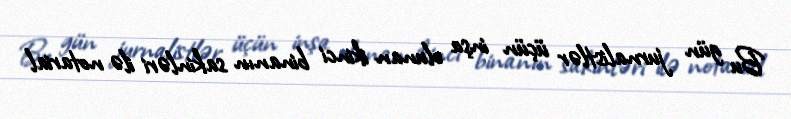
Bu gün jurnalistlər üçün inşa olunan ikinci binanın sakinləri ilə notarial